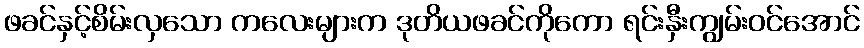
ဖခင်နှင့်စိမ်းလှသော ကလေးများက ဒုတိယဖခင်ကိုကော ရင်းနှီးကျွမ်းဝင်အောင်